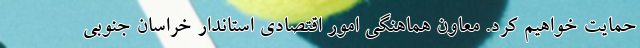
حمایت خواهیم کرد. معاون هماهنگی امور اقتصادی استاندار خراسان جنوبی